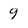
Character: 9